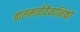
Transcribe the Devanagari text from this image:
बालमनोवैज्ञानिकों